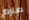
صارم